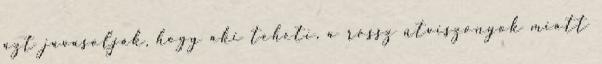
azt javasolják, hogy aki teheti, a rossz útviszonyok miatt